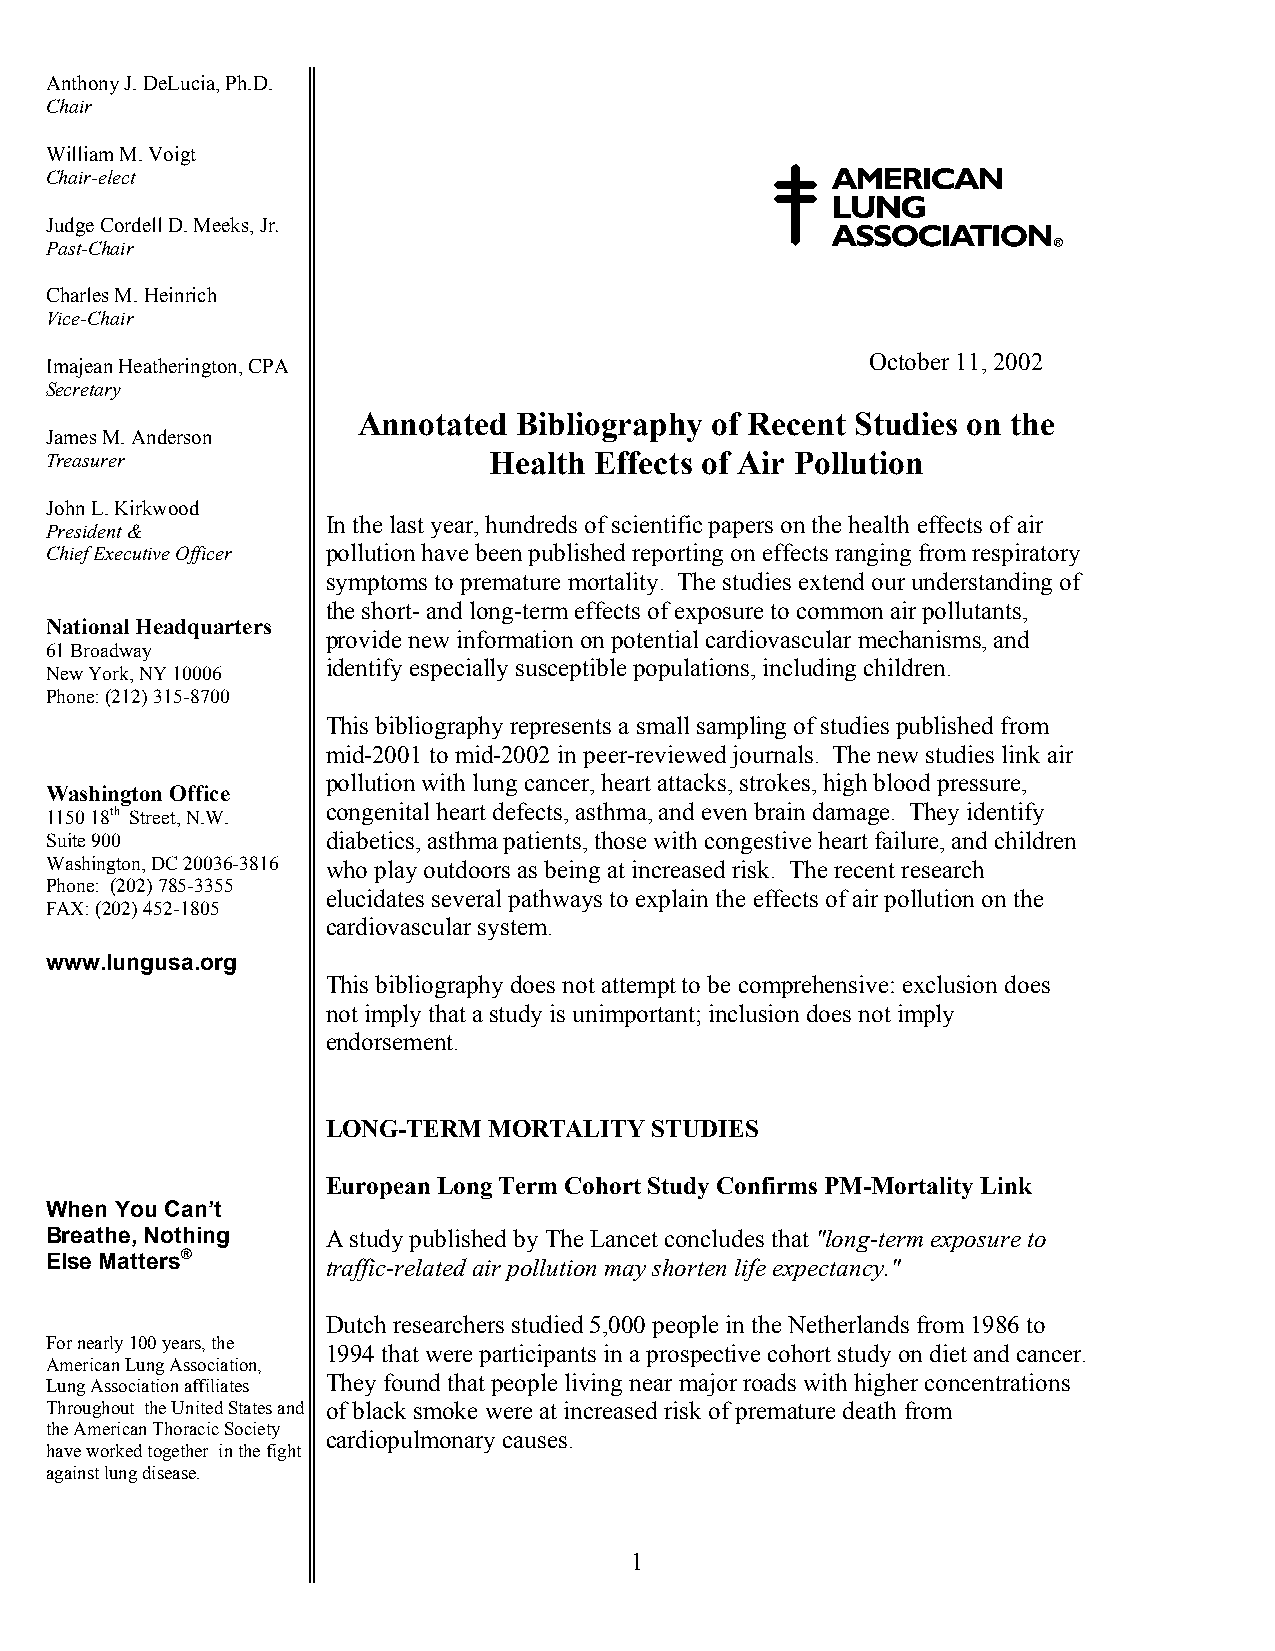
Anthony J. DeLucia, Ph.D.
 Chair
 William M. Voigt
 Chair-elect
 Judge Cordell D. Meeks, Jr.
 Past-Chair
 Charles M. Heinrich
 Vice-Chair
 October 11, 2002
 Imajean Heatherington, CPA
 Secretary
 Annotated Bibliography of Recent Studies on the
 James M. Anderson
 Treasurer                    Health Effects of Air Pollution
 John L. Kirkwood
 In the last year, hundreds of scientific papers on the health effects of air
 President &
 Chief Executive Officer pollution have been published reporting on effects ranging from respiratory
 symptoms to premature mortality. The studies extend our understanding of
 the short- and long-term effects of exposure to common air pollutants,
 National Headquarters
 provide new information on potential cardiovascular mechanisms, and
 61 Broadway
 identify especially susceptible populations, including children.
 New York, NY 10006
 Phone: (212) 315-8700
 This bibliography represents a small sampling of studies published from
 mid-2001 to mid-2002 in peer-reviewed journals. The new studies link air
 pollution with lung cancer, heart attacks, strokes, high blood pressure,
 Washington Office
 1150 18th Street, N.W. congenital heart defects, asthma, and even brain damage. They identify
 Suite 900          diabetics, asthma patients, those with congestive heart failure, and children
 Washington, DC 20036-3816 who play outdoors as being at increased risk. The recent research
 Phone: (202) 785-3355
 elucidates several pathways to explain the effects of air pollution on the
 FAX: (202) 452-1805
 cardiovascular system.
 www.lungusa.org
 This bibliography does not attempt to be comprehensive: exclusion does
 not imply that a study is unimportant; inclusion does not imply
 endorsement.
 LONG-TERM MORTALITY  STUDIES
 European Long Term Cohort Study Confirms PM-Mortality Link
 When You Can’t
 Breathe, Nothing   A study published by The Lancet concludes that "long-term exposure to
 Else Matters®      traffic-related air pollution may shorten life expectancy."
 Dutch researchers studied 5,000 people in the Netherlands from 1986 to
 For nearly 100 years, the
 1994 that were participants in a prospective cohort study on diet and cancer.
 American Lung Association,
 They found that people living near major roads with higher concentrations
 Lung Association affiliates
 Throughout the United States and of black smoke were at increased risk of premature death from
 the American Thoracic Society
 cardiopulmonary causes.
 have worked together in the fight
 against lung disease.
 1